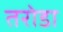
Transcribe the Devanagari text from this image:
तरोडा